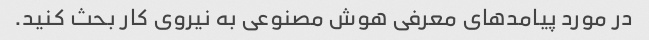
در مورد پیامدهای معرفی هوش مصنوعی به نیروی کار بحث کنید.